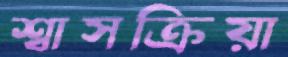
শ্বাসক্রিয়া